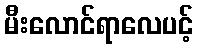
မီးလောင်ရာလေပင့်